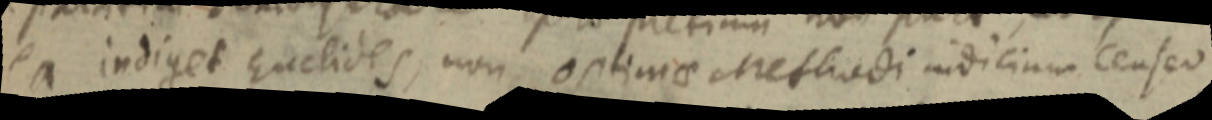
ea indiget Euclides, non optimae Methodi indicium censeo